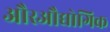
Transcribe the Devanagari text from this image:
औरऔद्योगिक